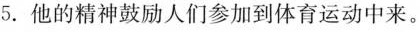
5.他的精神鼓励人们参加到体育运动中来。